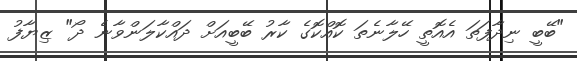
"ބޭބީ ނިދާފަތަ އެއޮތީ ހޭލާނެތަ ކޮއްކޮގެ ކާރު ބޭބީއަށް ދައްކާލަންވާނެ ދޯ" ޒިޔާފު